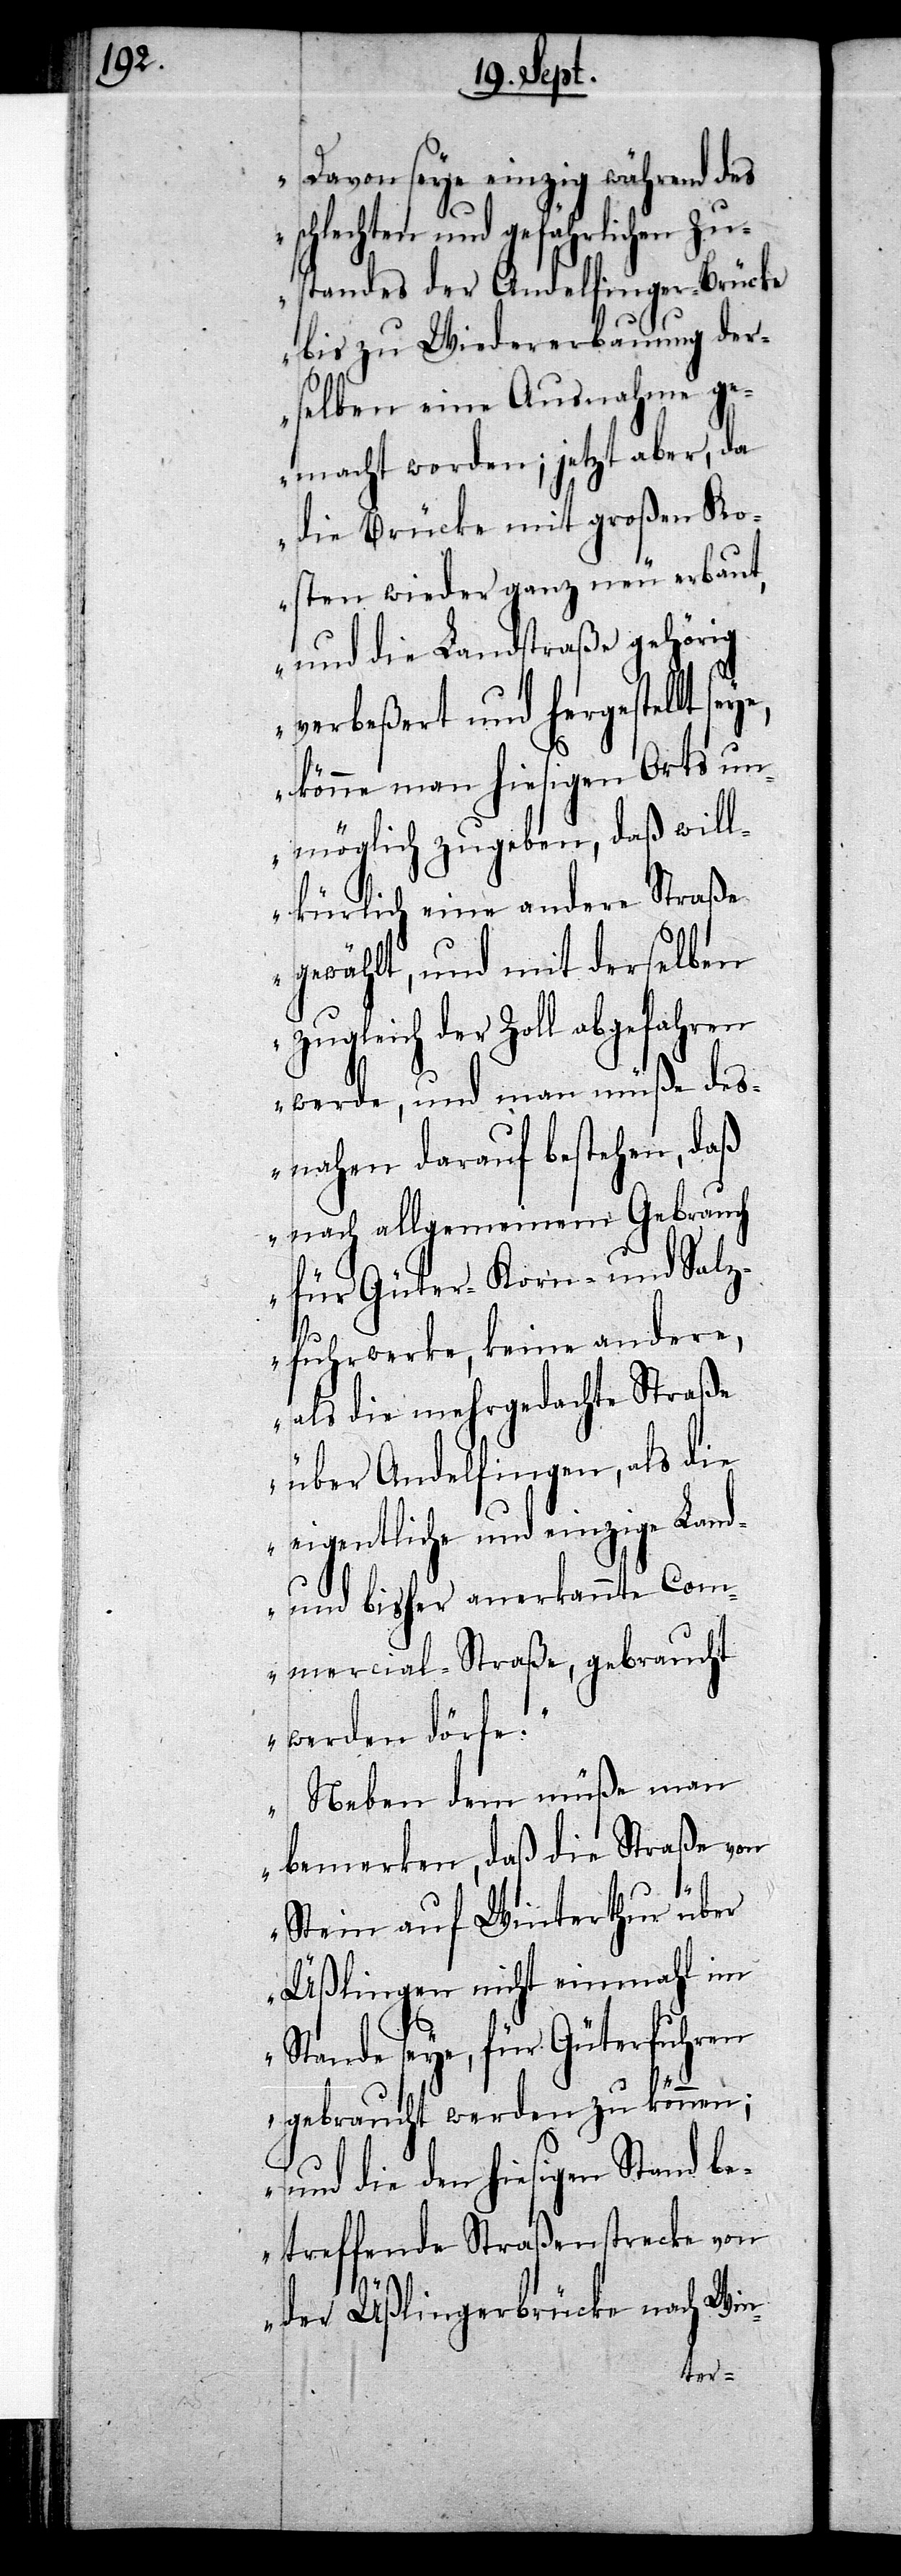
Davon seye einzig während des
schlechten und gefährlichen Zu¬
standes der Andelfinger-Brücke
bis zu Wiedererbauung der¬
selben eine Ausnahme ge¬
macht worden; jetzt aber, da
die Brücke mit großen Ko¬
sten wieder ganz neu erbaut,
und die Landstraße gehörig
verbeßert und hergestellt
könne man hiesigen Orts un¬
möglich zugeben, daß will¬
kürlich eine andere Straße
gewählt, und mit derselben
zugleich der Zoll abgefahren
werde, und man müße des¬
nahen darauf bestehen, daß
nach allgemeinem Gebrauch
für Güter- Korn- und Salz¬
fuhrwerke, keine andere,
als die mehrgedachte Straße
über Andelfingen, als die
eigentliche und einzige Land-
und bisher anerkannte Com¬
mercial-Straße, gebraucht
werden dörfe.
Neben dem müße man
bemerken, daß die Straße von
Stein auf Winterthur über
Üßlingen nicht einmahl im
Stande seye, für Güterfuhren
gebraucht werden zu können;
und die den hiesigen Stand b¬
etreffende Straßenstrecke von
der Üßlingerbrücke nach Win-